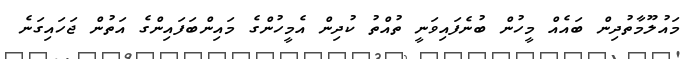
މައުލޫމާތުދިން ބައެއް މީހުން ބުނެފައިވަނީ ތުއްތު ކުދިން އެމީހުންގެ މައިންބަފައިންގެ އަތުން ޖަހައިގަނެ